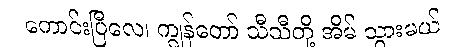
ကောင်းပြီလေ၊ ကျွန်တော် သီသီတို့ အိမ် သွားမယ်